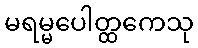
မရမ္မပေါတ္ထကေသု